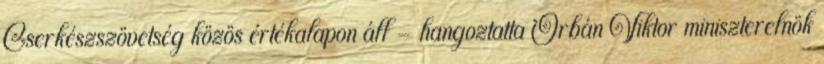
Cserkészszövetség közös értékalapon áll – hangoztatta Orbán Viktor miniszterelnök